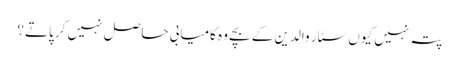
پتہ نہیں کیوں سٹار والدین کے بچے وہ کامیابی حاصل نہیں کر پاتے؟